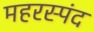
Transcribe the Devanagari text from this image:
महरस्पंद